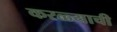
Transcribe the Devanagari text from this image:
करळ्याची